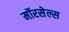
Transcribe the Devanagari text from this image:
मॉरसेल्स